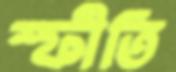
স্ফীতি